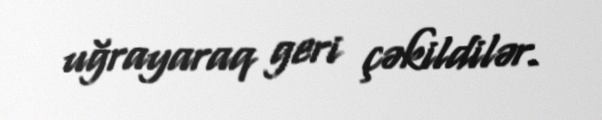
uğrayaraq geri çəkildilər.